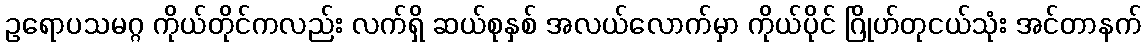
ဥရောပသမဂ္ဂ ကိုယ်တိုင်ကလည်း လက်ရှိ ဆယ်စုနှစ် အလယ်လောက်မှာ ကိုယ်ပိုင် ဂြိုဟ်တုငယ်သုံး အင်တာနက်